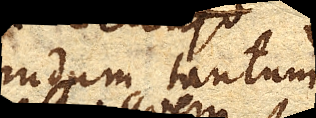
nudum tantum